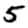
Digit: 5